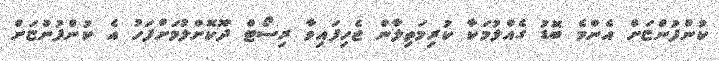
ކުންފުންޏަށް އެންމެ ބޮޑު ގެއްލުމަކާ ކުރިމަތިލާން ޖެހިފައިވާ ރިސޯޓް ދޫކޮށްލުމަށްފަހު އެ ކުންފުންޏަށް